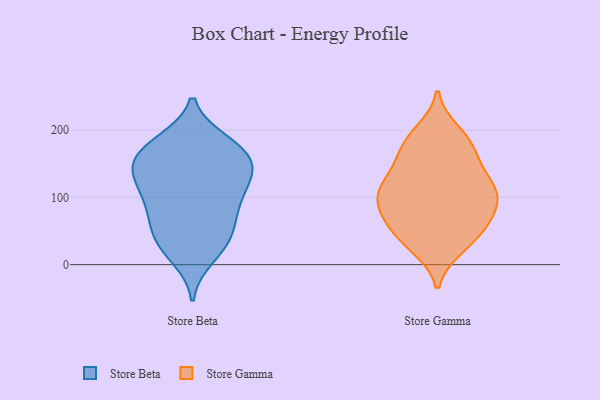
{"axis": {"x": "Revenue (USD Million)", "y": "Value"}, "legend": ["Store Beta", "Store Gamma"], "data": [{"x": "", "y": 11, "type": "Store Beta"}, {"x": "", "y": 143, "type": "Store Beta"}, {"x": "", "y": 162, "type": "Store Beta"}, {"x": "", "y": 76, "type": "Store Beta"}, {"x": "", "y": 165, "type": "Store Beta"}, {"x": "", "y": 46, "type": "Store Beta"}, {"x": "", "y": 183, "type": "Store Beta"}, {"x": "", "y": 79, "type": "Store Beta"}, {"x": "", "y": 114, "type": "Store Beta"}, {"x": "", "y": 103, "type": "Store Beta"}, {"x": "", "y": 23, "type": "Store Beta"}, {"x": "", "y": 130, "type": "Store Beta"}, {"x": "", "y": 177, "type": "Store Beta"}, {"x": "", "y": 146, "type": "Store Beta"}, {"x": "", "y": 46, "type": "Store Beta"}, {"x": "", "y": 144, "type": "Store Beta"}, {"x": "", "y": 39, "type": "Store Beta"}, {"x": "", "y": 89, "type": "Store Beta"}, {"x": "", "y": 180, "type": "Store Beta"}, {"x": "", "y": 126, "type": "Store Beta"}, {"x": "", "y": 167, "type": "Store Gamma"}, {"x": "", "y": 56, "type": "Store Gamma"}, {"x": "", "y": 41, "type": "Store Gamma"}, {"x": "", "y": 183, "type": "Store Gamma"}, {"x": "", "y": 90, "type": "Store Gamma"}, {"x": "", "y": 32, "type": "Store Gamma"}, {"x": "", "y": 131, "type": "Store Gamma"}, {"x": "", "y": 119, "type": "Store Gamma"}, {"x": "", "y": 61, "type": "Store Gamma"}, {"x": "", "y": 102, "type": "Store Gamma"}, {"x": "", "y": 105, "type": "Store Gamma"}, {"x": "", "y": 181, "type": "Store Gamma"}, {"x": "", "y": 78, "type": "Store Gamma"}, {"x": "", "y": 117, "type": "Store Gamma"}, {"x": "", "y": 78, "type": "Store Gamma"}, {"x": "", "y": 27, "type": "Store Gamma"}, {"x": "", "y": 196, "type": "Store Gamma"}, {"x": "", "y": 155, "type": "Store Gamma"}, {"x": "", "y": 111, "type": "Store Gamma"}]}